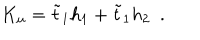
K _ { u } = { \tilde { t } } _ { 1 } h _ { 1 } + { \tilde { t } } _ { 1 } h _ { 2 } \, \, \, .